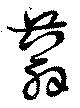
蓊